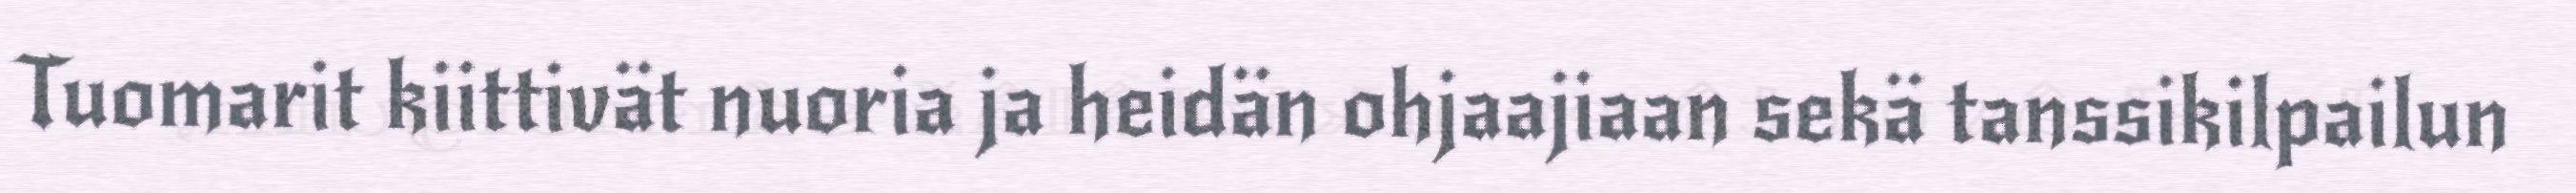
Tuomarit kiittivät nuoria ja heidän ohjaajiaan sekä tanssikilpailun